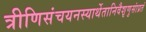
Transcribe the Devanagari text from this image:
त्रीणिसंचयनस्यार्थेतानिवैशृणुसांप्रतं